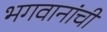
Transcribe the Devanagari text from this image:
भगवानांची